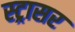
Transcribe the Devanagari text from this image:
स्ट्रासर